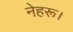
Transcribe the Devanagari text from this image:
नेहरू।